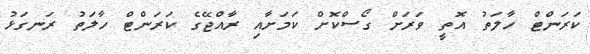
ކަރަންޓް ހާލަތު އޮތީ ވަރަށް ގޯސްކޮށް ކަމަށާއި ރާއްޖޭގެ ކަރަންޓް ހާލަތު ރަނގަޅު